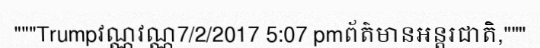
"""Trumpវណ្ណវណ្ណ7/2/2017 5:07 pmព័ត៌មានអន្តរជាតិ,"""